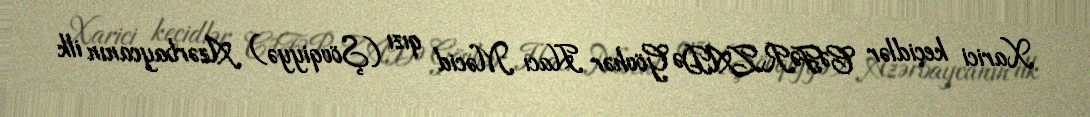
Xarici keçidlər CƏFƏRZADƏ Gövhər Hacı Məcid qızı (Şövqiyyə) Azərbaycanın ilk